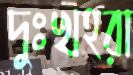
দুঃখহরা